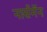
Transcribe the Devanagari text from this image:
नार्समॅन